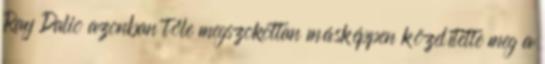
Ray Dalio azonban tőle megszokottan másképpen közelítette meg a